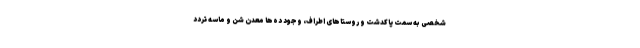
شخصی به سمت پاکدشت و روستاهای اطراف، وجود ده‌ها معدن شن و ماسه تردد